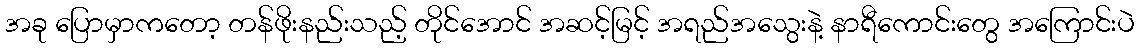
အခု ပြောမှာကတော့ တန်ဖိုးနည်းသည့် တိုင်အောင် အဆင့်မြင့် အရည်အသွေးနဲ့ နာရီကောင်းတွေ အကြောင်းပဲ